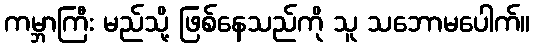
ကမ္ဘာကြီး မည်သို့ ဖြစ်နေသည်ကို သူ သဘောမပေါက်။